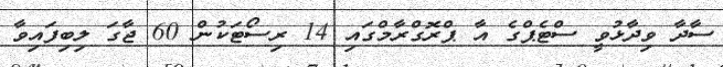
ސާދާ ވިދާޅުވީ ސްޓެޕްގެ އާ ޕްރޮގްރާމްގައި 14 ރިސޯޓަކުން 60 ޖާގަ ލިބިފައިވާ